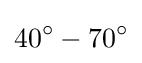
40^{\circ }-70^{\circ }